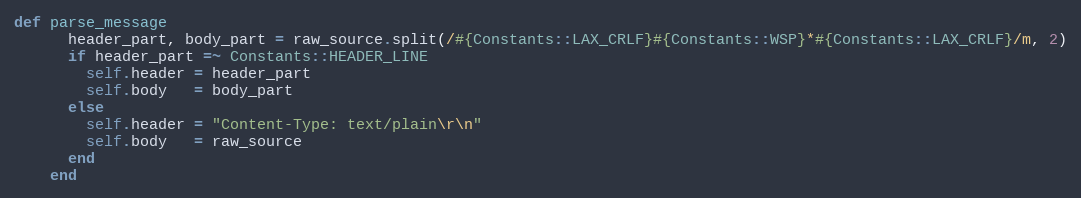
Language: Ruby
def parse_message
      header_part, body_part = raw_source.split(/#{Constants::LAX_CRLF}#{Constants::WSP}*#{Constants::LAX_CRLF}/m, 2)
      if header_part =~ Constants::HEADER_LINE
        self.header = header_part
        self.body   = body_part
      else
        self.header = "Content-Type: text/plain\r\n"
        self.body   = raw_source
      end
    end